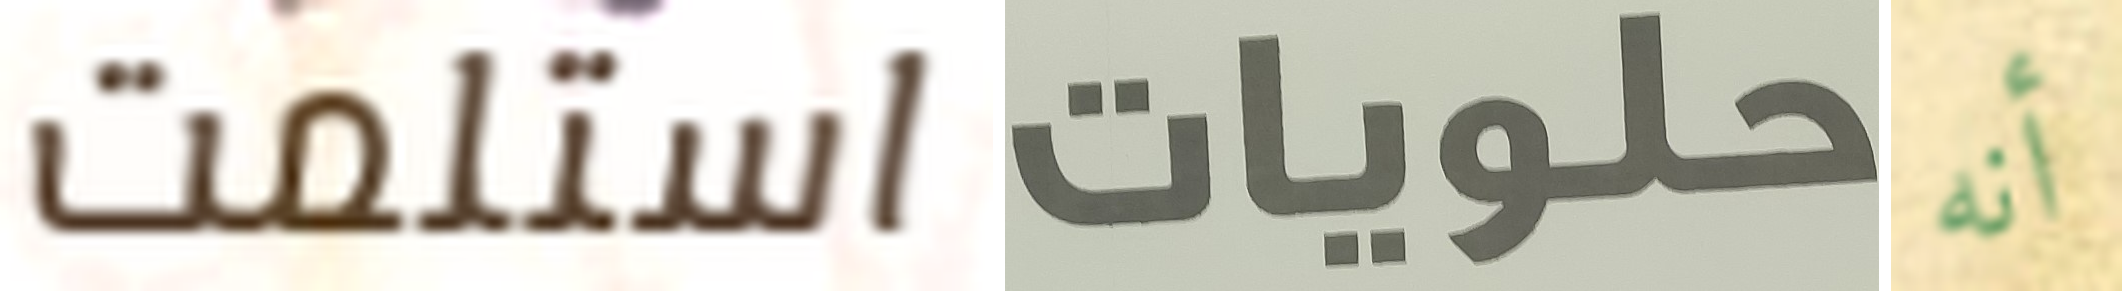
استلمت حلويات أنه